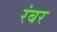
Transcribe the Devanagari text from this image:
रंबर